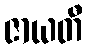
ဇာယတီ